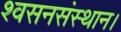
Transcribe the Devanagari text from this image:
श्वसनसंस्थान।